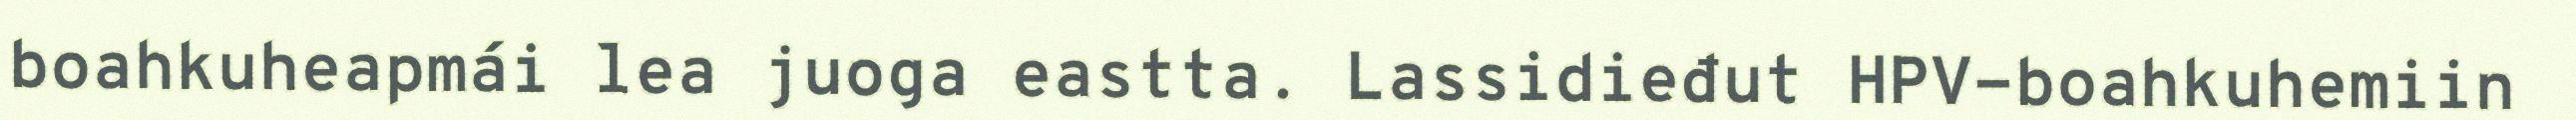
boahkuheapmái lea juoga eastta. Lassidieđut HPV-boahkuhemiin